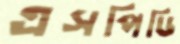
এসপিডি